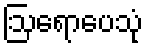
ဩရောပေသုံ